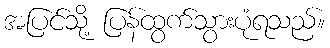
အပြင်သို့ ပြန်ထွက်သွားပုံရသည်။